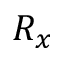
R _ { x }